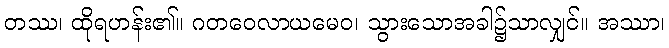
တဿ၊ ထိုရဟန်း၏။ ဂတဝေလာယမေဝ၊ သွားသောအခါ၌သာလျှင်။ အဿာ၊